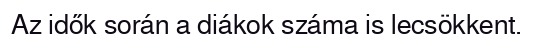
Az idők során a diákok száma is lecsökkent.